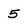
Character: 5